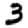
Digit: 3